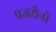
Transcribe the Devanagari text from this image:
प्रजयैनो